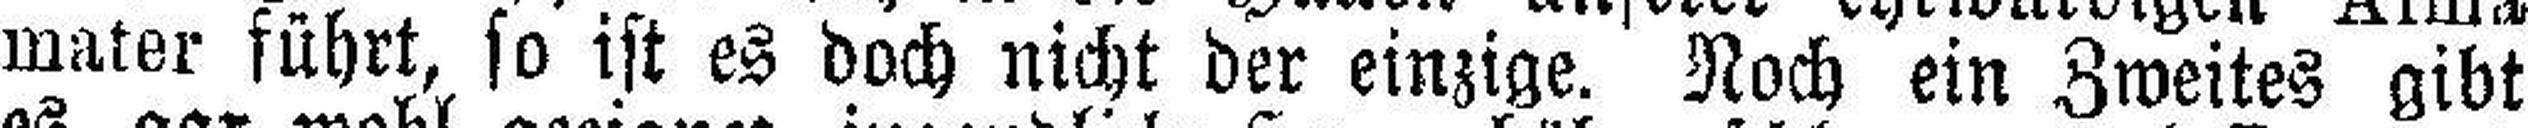
mater führt, so ist es doch nicht der einzige. Noch ein Zweites gibt